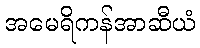
အမေရိကန်အာဆီယံ